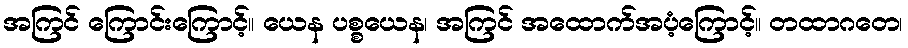
အကြင် ကြောင်းကြောင့်။ ယေန ပစ္စယေန၊ အကြင် အထောက်အပံ့ကြောင့်။ တထာဂတေ၊